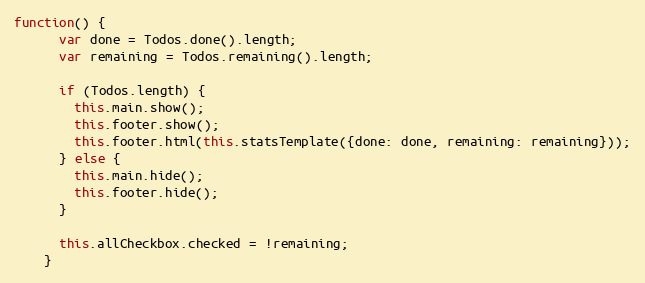
Language: JavaScript
function() {
      var done = Todos.done().length;
      var remaining = Todos.remaining().length;

      if (Todos.length) {
        this.main.show();
        this.footer.show();
        this.footer.html(this.statsTemplate({done: done, remaining: remaining}));
      } else {
        this.main.hide();
        this.footer.hide();
      }

      this.allCheckbox.checked = !remaining;
    }